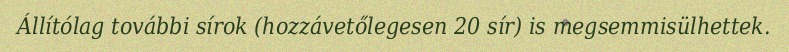
Állítólag további sírok (hozzávetőlegesen 20 sír) is megsemmisülhettek.